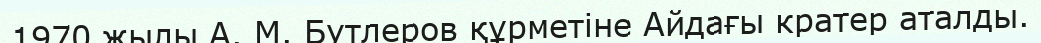
1970 жылы А. М. Бутлеров құрметіне Айдағы кратер аталды.